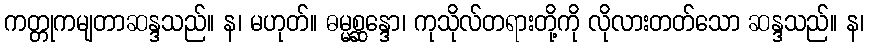
ကတ္တုကမျတာဆန္ဒသည်။ န၊ မဟုတ်။ ဓမ္မစ္ဆန္ဒော၊ ကုသိုလ်တရားတို့ကို လိုလားတတ်သော ဆန္ဒသည်။ န၊